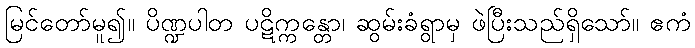
မြင်တော်မူ၍။ ပိဏ္ဍပါတ ပဋိက္ကန္တော၊ ဆွမ်းခံရွာမှ ဖဲပြီးသည်ရှိသော်။ ဧကံ